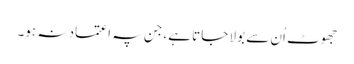
جھوٹ اُن سے بولا جاتا ہے، جن پہ اعتماد نہ ہو۔